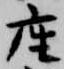
座